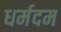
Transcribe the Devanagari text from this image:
धर्मदम